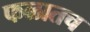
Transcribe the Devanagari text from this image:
फळातच